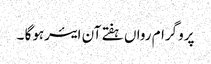
پروگرام رواں ہفتے آن ایئرہوگا ۔